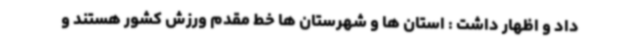
داد و اظهار داشت : استان ها و شهرستان ها خط مقدم ورزش کشور هستند و